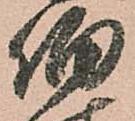
伯